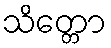
သိတ္တော